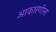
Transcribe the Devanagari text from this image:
आकारणीला